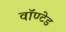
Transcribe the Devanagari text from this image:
वॉण्टेड